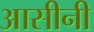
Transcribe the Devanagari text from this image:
आसीनी